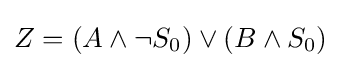
Z=(A\wedge \neg S_{0})\vee (B\wedge S_{0})